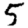
Digit: 5